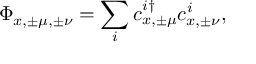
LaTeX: \Phi _ { x , \pm \mu , \pm \nu } = \sum _ { i } c _ { x , \pm \mu } ^ { i \dagger } c _ { x , \pm \nu } ^ { i } ,